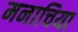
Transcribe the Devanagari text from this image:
मनाचिया